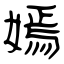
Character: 嫣